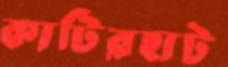
কাটিরহাট